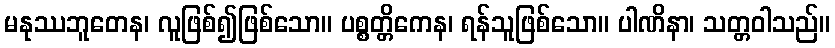
မနုဿဘူတေန၊ လူဖြစ်၍ဖြစ်သော။ ပစ္စတ္တိကေန၊ ရန်သူဖြစ်သော။ ပါဏိနာ၊ သတ္တဝါသည်။